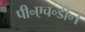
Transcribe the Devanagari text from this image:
पी॰एच॰डी॰।